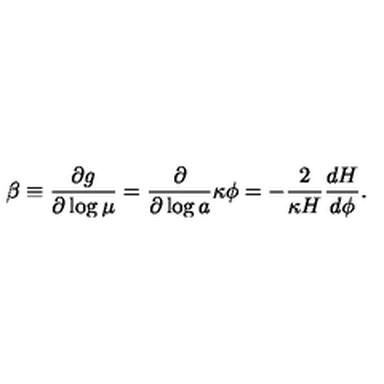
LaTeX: \beta \equiv { \frac { \partial g } { \partial \log \mu } } = { \frac { \partial } { \partial \log a } } \kappa \phi = - { \frac { 2 } { \kappa H } } { \frac { d H } { d \phi } } .